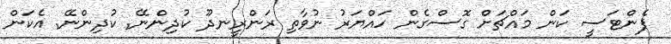
ފެންޓަސީ ކަން މައްޗަށް ގޮސްގެން ހައްޔަރު ނުވާތި ރަންރީނދޫ ކުދިންނޭ